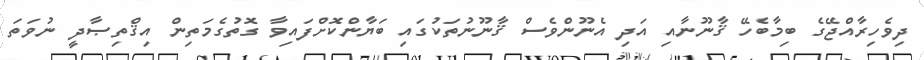
ދިވެހިރާއްޖޭގެ ބިމާބެހޭ ޤާނޫނާއި އަދި އެނޫންވެސް ޤާނޫނުތަކުގައި ބަޔާންކޮށްފައިވާ ގޮތުގެމަތިން އިޤްތިޞާދީ ނުވަތަ